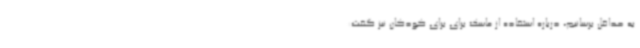
به حداقل برسانیم، درباره استفاده از ماسک برای برای کودکان نیز گفت: